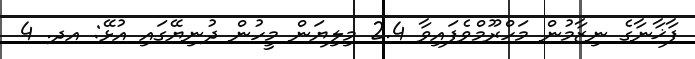
ފާޚާނާގެ ނިޒާމުން މަހްރޫމްވެފައިވާ 2.4 މިލިޔަން މީހުން ދުނިޔޭގައި އުޅޭ: އދ. 4